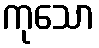
ကုသော